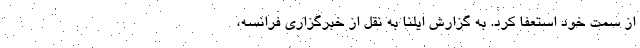
از سمت خود استعفا کرد. به گزارش ایلنا به نقل از خبرگزاری فرانسه،